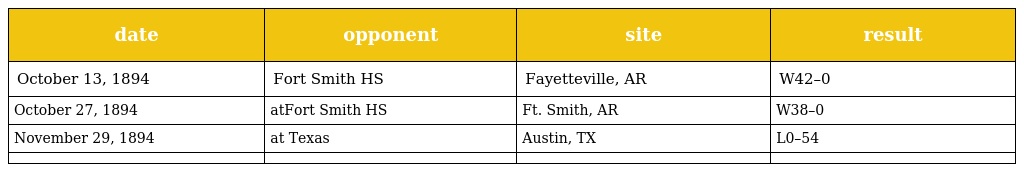
| date | opponent | site | result |
 | --- | --- | --- | --- |
 | October 13, 1894 | Fort Smith HS | Fayetteville, AR | W42–0 |
 | October 27, 1894 | atFort Smith HS | Ft. Smith, AR | W38–0 |
 | November 29, 1894 | at Texas | Austin, TX | L0–54 |
 |  |  |  |  |